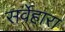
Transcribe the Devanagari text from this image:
सर्वेहारा